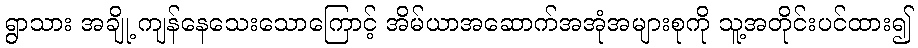
ရွာသား အချို့ ကျန်နေသေးသောကြောင့် အိမ်ယာအဆောက်အအုံအများစုကို သူ့အတိုင်းပင်ထား၍